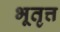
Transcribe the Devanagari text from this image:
भूतृत्त